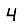
Digit: 4